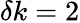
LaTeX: \delta k=2